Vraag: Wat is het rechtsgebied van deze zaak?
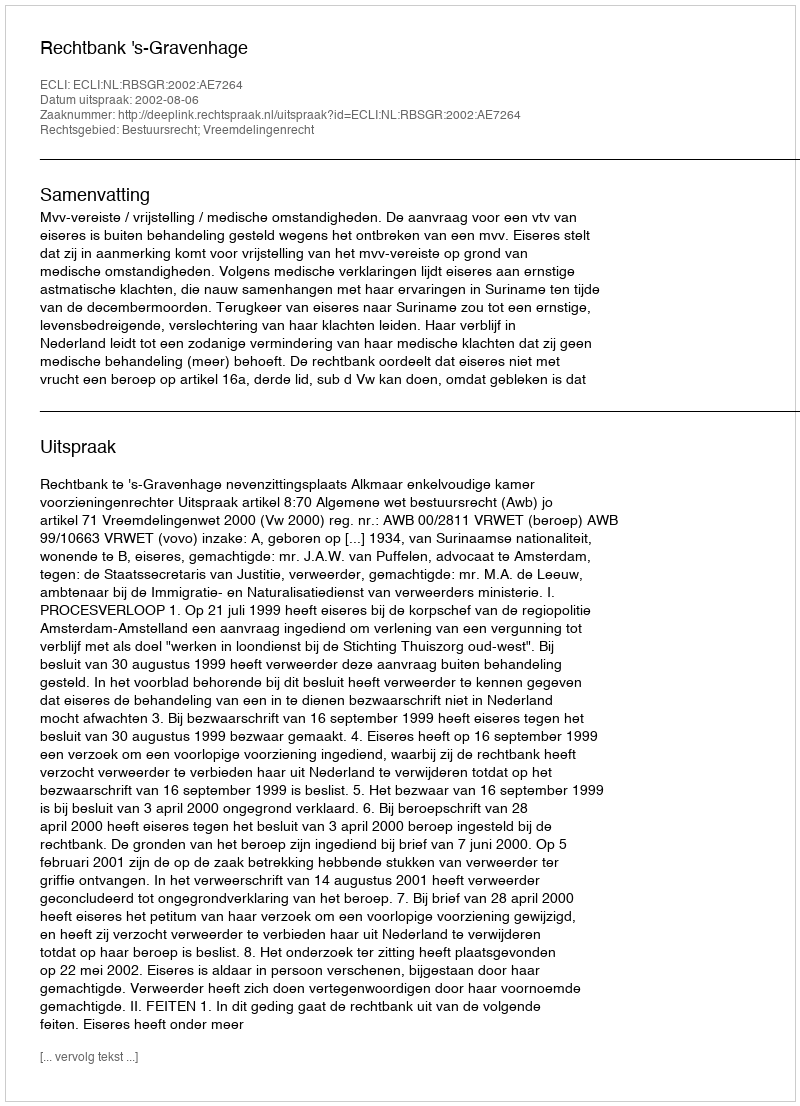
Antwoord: Bestuursrecht; Vreemdelingenrecht